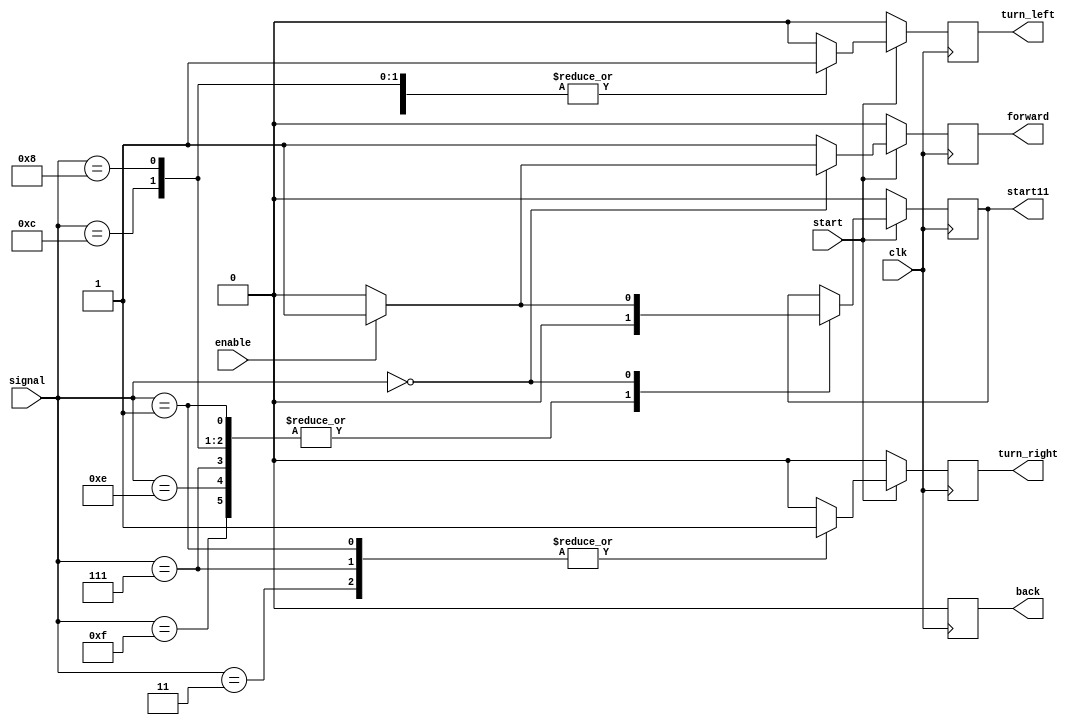
module follow(clk,start,signal,turn_right,turn_left,forward,back,enable,start11);//
input clk,start,enable;
input [3:0]signal;	//
output reg turn_left,turn_right,forward,back,start11;	//

always@(posedge clk)
begin
	if(!start)
	begin
		turn_left<=0;
		turn_right<=0;
		forward<=0;
		back<=0;
		start11<=0;
	end
	else
	begin
		case(signal)
		4'b1111:begin
					turn_left<=0;
					turn_right<=0;
					forward<=1;
					back<=0;
					start11<=0;
				end
		4'b1110:begin
					turn_left<=1;
					turn_right<=0;
					forward<=1;
					back<=0;
					start11<=0;
				end
		4'b0111:begin
					turn_left<=0;
					turn_right<=1;
					forward<=1;
					back<=0;
					start11<=0;
				end
		4'b1100:begin
					turn_left<=1;
					turn_right<=0;
					forward<=1;
					back<=0;
					start11<=0;
				end
		4'b0011:begin
					turn_left<=0;
					turn_right<=1;
					forward<=1;
					back<=0;
				end
		4'b1000:begin
					turn_left<=1;
					turn_right<=0;
					forward<=1;
					back<=0;
					start11<=0;
				end
		4'b0001:begin
					turn_left<=0;
					turn_right<=1;
					forward<=1;
					back<=0;
					start11<=0;
				end
		4'b0000:begin
					if(!enable)
					begin
						turn_left<=0;
						turn_right<=0;
						forward<=0;
						back<=0;
						start11<=0;
					end
					else if(enable)
					begin
						turn_left<=0;
						turn_right<=0;
						forward<=1;
						back<=0;
						start11<=1;
					end
				end
		default:begin
					turn_left<=0;
					turn_right<=0;
					forward<=1;
					back<=0;
				end
		endcase
	end

end

endmodule